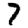
Digit: 7